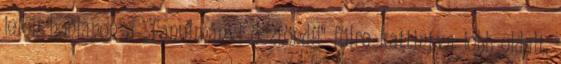
jelen honlapon a „Tanulmányi ösztöndíj” fülre kattintva jobb oldalt,